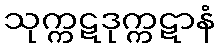
သုက္ကဋဒုက္ကဋာနံ